Vaccination North-Western Provinces 1866-1877 - 1866-1877
Year: 1866
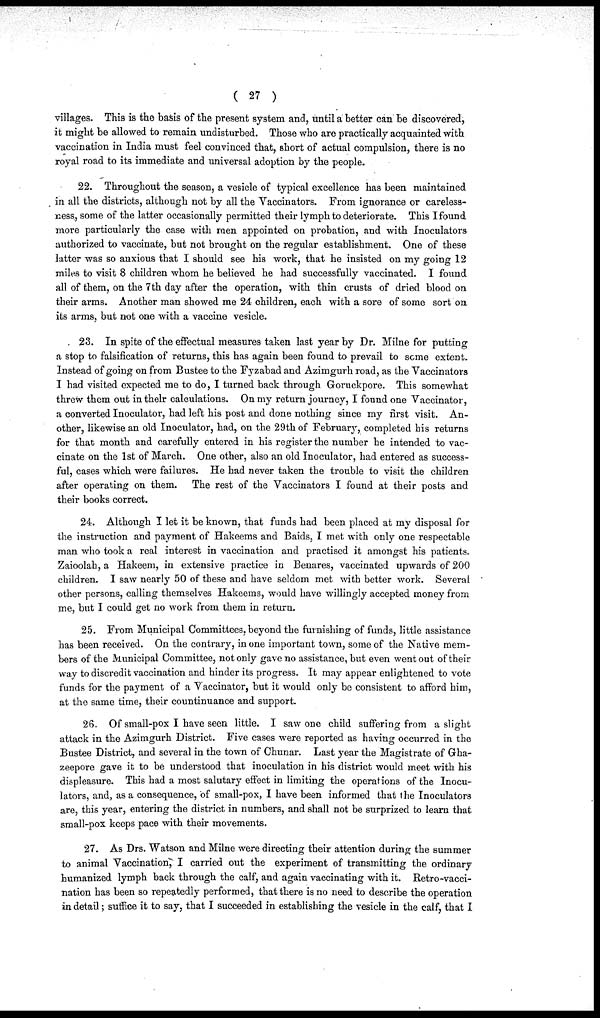
( 27 )
villages. This is the basis of the present system and, until a better can be discovered,
it might be allowed to remain undisturbed. Those who are practically acquainted with
vaccination in India must feel convinced that, short of actual compulsion, there is no
royal road to its immediate and universal adoption by the people.
22. Throughout the season, a vesicle of typical excellence has been maintained
in all the districts, although not by all the Vaccinators. From ignorance or careless-
-ess, some of the latter occasionally permitted their lymph to deteriorate. This I found
more particularly the case with men appointed on probation, and with Inoculators
authorized to vaccinate, but not brought on the regular establishment. One of these
latter was so anxious that I should see his work, that he insisted on my going 12
miles to visit 8 children whom he believed he had successfully vaccinated. I found
all of them, on the 7th day after the operation, with thin crusts of dried blood on
their arms. Another man showed me 24 children, each with a sore of some sort on
its arms, but not one with a vaccine vesicle.
23. In spite of the effectual measures taken last year by Dr. Milne for putting
a stop to falsification of returns, this has again been found to prevail to some extent.
Instead of going on from Bustee to the Fyzabad and Azimgurh road, as the Vaccinators
I had visited expected me to do, I turned back through Goruckpore. This somewhat
threw them out in thelr calculations. On my return journey, I found one Vaccinator,
a converted Inoculator, had left his post and done nothing since my first visit. An-
other, likewise an old Inoculator, had, on the 29th of February, completed his returns
for that month and carefully entered in his register the number he intended to vac-
cinate on the 1st of March. One other, also an old Inoculator, had entered as success-
ful, cases which were failures. He had never taken the trouble to visit the children
after operating on them. The rest of the Vaccinators I found at their posts and
their books correct.
24. Although I let it be known, that funds had been placed at my disposal for
the instruction and payment of Hakeems and Baids, I met with only one respectable
man who took a real interest in vaccination and practised it amongst his patients.
Zaioolah, a Hakeem, in extensive practice in Benares, vaccinated upwards of 200
children. I saw nearly 50 of these and have seldom met with better work. Several
other persons, calling themselves Hakeems, would have willingly accepted money from
me, but I could get no work from them in return.
25. From Municipal Committees, beyond the furnishing of funds, little assistance
has been received. On the contrary, in one important town, some of the Native mem-
bers of the Municipal Committee, not only gave no assistance, but even went out of their
way to discredit vaccination and hinder its progress. It may appear enlightened to vote
funds for the payment of a Vaccinator, but it would only be consistent to afford him,
at the same time, their countinuance and support.
26. Of small-pox I have seen little. I saw one child suffering from a slight
attack in the Azimgurh District. Five cases were reported as having occurred in the
Bustee District, and several in the town of Chunar. Last year the Magistrate of Gha¬
zeepore gave it to be understood that inoculation in his district would meet with his
displeasure. This had a most salutary effect in limiting the operations of the Inocu-
lators, and, as a consequence, of small-pox, I have been informed that the Inoculators
are, this year, entering the district in numbers, and shall not be surprized to learn that
small-pox keeps pace with their movements.
27. As Drs. Watson and Milne were directing their attention during the summer
to animal Vaccination, I carried out the experiment of transmitting the ordinary
humanized lymph back through the calf, and again vaccinating with it. Retro-vacci-
nation has been so repeatedly performed, that there is no need to describe the operation
in detail; suffice it to say, that I succeeded in establishing the vesicle in the calf, that I